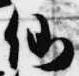
仙